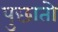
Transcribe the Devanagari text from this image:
पुछातो